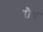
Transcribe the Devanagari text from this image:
रौथ